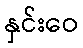
နှင်းဝေ